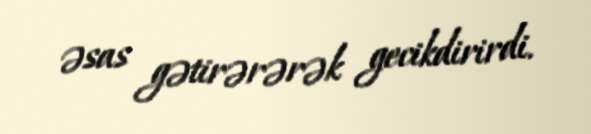
əsas gətirərərək gecikdirirdi.